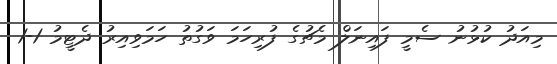
މިއަދު ކުޅުނު ސެމީ ފައިނަލް މެޗުގެ ފުރިހަމަ ވަގުތު ހަމަވިއިރު ދެޓީމު 1-1